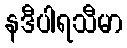
နဒီပါရသီမာ